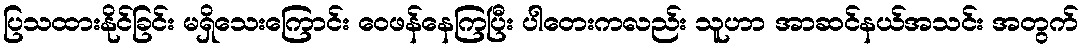
ပြသထားနိုင်ခြင်း မရှိသေးကြောင်း ဝေဖန်နေကြပြီး ပါတေးကလည်း သူဟာ အာဆင်နယ်အသင်း အတွက်